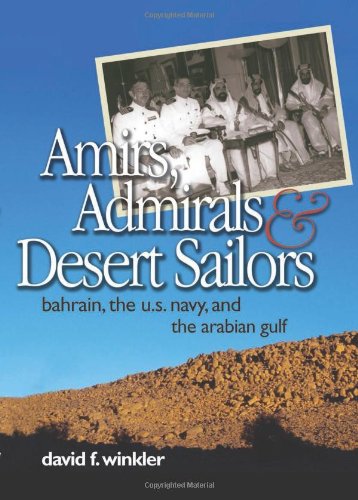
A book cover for Amirs, Admirals, and Desert Sailors: Bahrain, the U.S. Navy, and the Arabian Gulf; David F. Winkler; History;